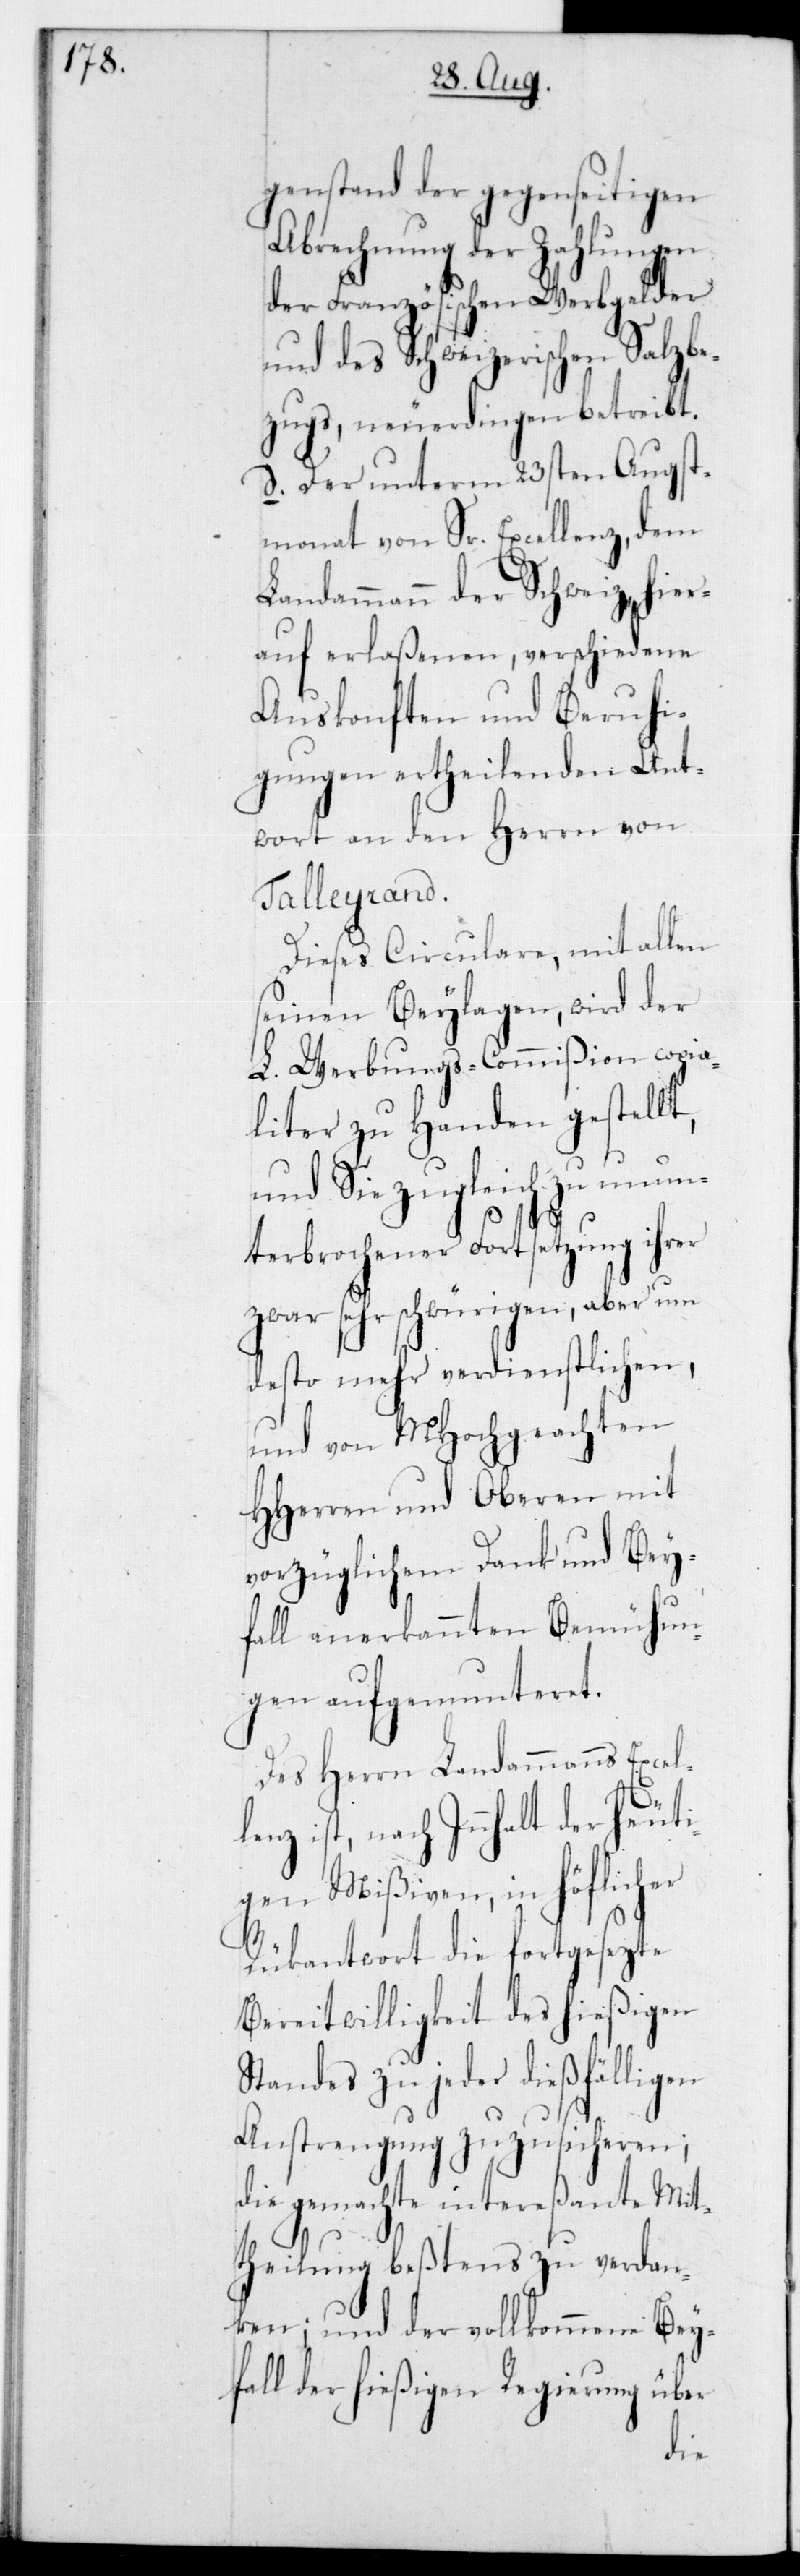
genstand der gegenseitigen
Abrechnung der Zahlungen
der fFranzösischen Werbgelder
und des schweizerischen Salzbe¬
zugs, neuerdingen betreibt.
d. Der unterm 23sten Augst¬
monat von Sr. Excellenz,dem
Landammann der Schweiz, hier¬
auf erlaßenen, verschiedene
Auskonften und Beruhi¬
gungen ertheilenden Ant¬
wort an den Herrn von
Talleyrand.
Dieses Circulare, mit allen
seinen Beylagen, wird der
L. Werbungs-Commißion copia¬
liter zu Handen gestellt,
und Sie zugleich zu unun¬
le¬
terbrochener Fortsetzung ihrer
zwar sehr schwürigen, aber um
desto mehr verdienstlichen,
und von MHochgeachten
HHerren und Oberen mit
vorzüglichem Dank und Bey¬
fall anerkannten Bemühun¬
gen aufgemunteret.
Des Herrn Landammanns Excel¬
nz,ist, nach Innhalt der heut¬
igen Mißiven, in höflicher
Rückantwort die fortgesezte
Bereitwilligkeit des hießigen¬
Standes zu jeder dießfälligen
Anstrengung zuzusicheren;
die gemachte interessante Mit¬
theilung beßtens zu verdan¬
ken; und der vollkommene Bey¬
fall der hießigen Regierung über